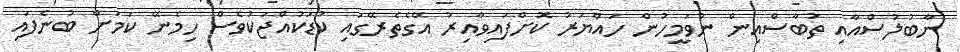
ނާބުލުސްއާއި ތުބާސްއިން ނުވަމީހުން ހައްޔަރު ކޮށްފައިވާއިރު އޭގެތެރޭގައި ކުޑަކުއްޖަކުވެސް ހިމެނޭ ކަމަށް ބުނެފައި